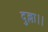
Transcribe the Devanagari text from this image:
दुल्ला।।